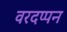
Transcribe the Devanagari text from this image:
वरदप्पन